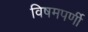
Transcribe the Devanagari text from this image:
विषमपर्णी